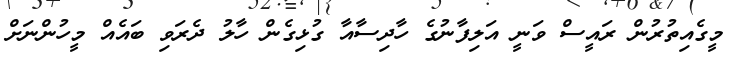
މީގެއިތުރުން ރައީސް ވަނީ އަލިފާނުގެ ހާދިސާއާ ގުޅިގެން ހާލު ދެރަވި ބައެއް މީހުންނަށް